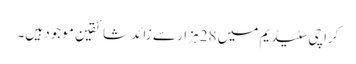
کراچی سٹیڈیم میں 28 ہزار سے زائد شائقین موجود ہیں۔